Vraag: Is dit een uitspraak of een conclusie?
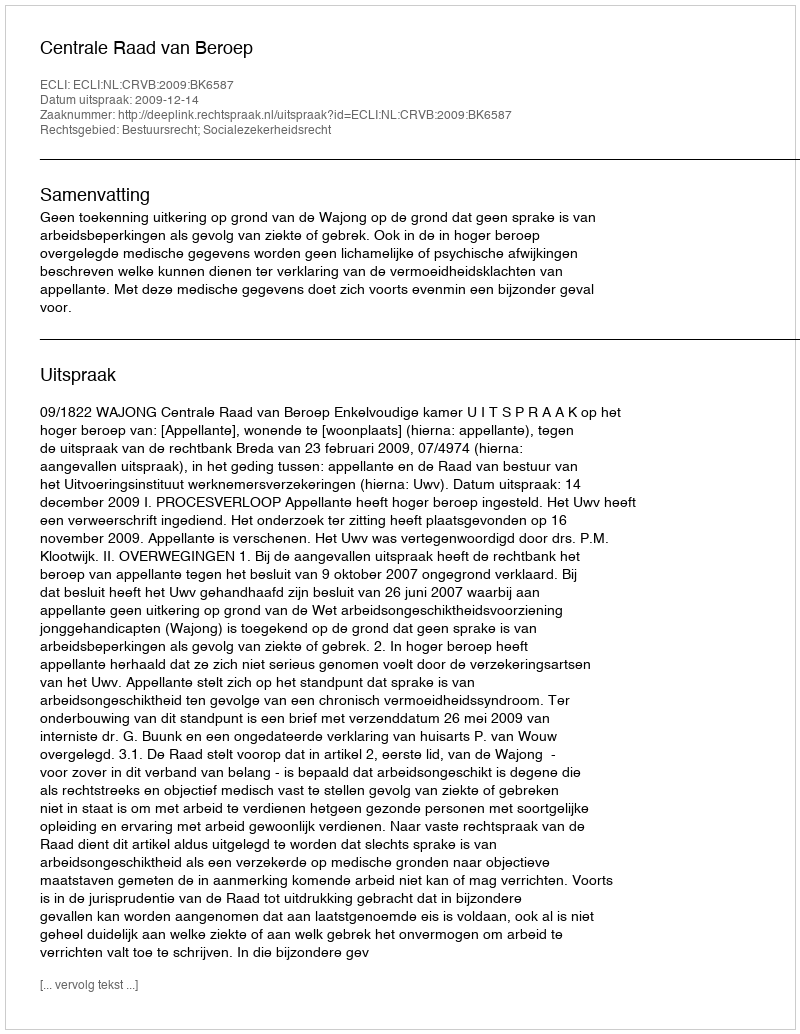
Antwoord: Uitspraak